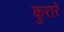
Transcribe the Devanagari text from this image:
कुरारे